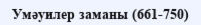
Умәуилер заманы (661-750)